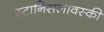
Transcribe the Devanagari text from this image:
स्टानिसलावस्की